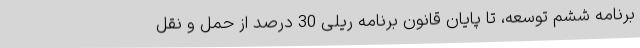
برنامه ششم توسعه، تا پایان قانون برنامه ریلی 30 درصد از حمل و نقل